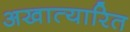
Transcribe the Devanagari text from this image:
अखात्यारित